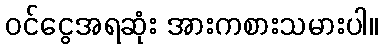
ဝင်ငွေအရဆုံး အားကစားသမားပါ။